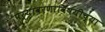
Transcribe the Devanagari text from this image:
पर्यावरणाविषयीच्या